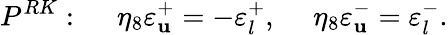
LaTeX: P^{RK}:\ \ \ \ \ \eta_{8}\varepsilon_{\mathbf{u}}^{+}=-\varepsilon_{l}^{+},\ \ \ \ \ \eta_{8}\varepsilon_{\mathbf{u}}^{-}=\varepsilon_{l}^{-}.